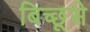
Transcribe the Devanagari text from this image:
बिच्छूसे